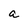
Character: a